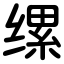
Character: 缧